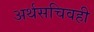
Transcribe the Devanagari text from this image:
अर्थसचिवही